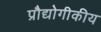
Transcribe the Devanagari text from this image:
प्रौद्योगीकीय